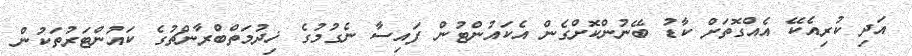
އަދި ކުރިއެކޭ އެއްގޮތަށް ކާޑު ބޭނުންކޮށްގެން އެކައުންޓުން ފައިސާ ނެގުމުގެ ޚިދުމަތްބްރާންޗުގެ ކައުންޓަރުތަކުން